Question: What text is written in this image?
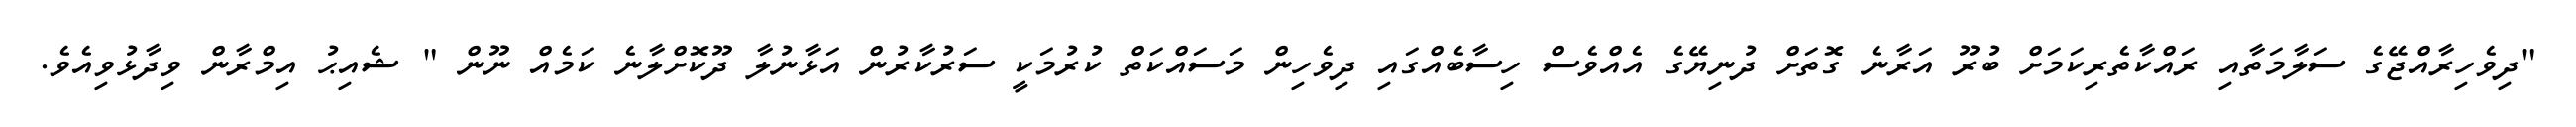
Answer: "ދިވެހިރާއްޖޭގެ ސަލާމަތާއި ރައްކާތެރިކަމަށް ބުރޫ އަރާނެ ގޮތަށް ދުނިޔޭގެ އެއްވެސް ހިސާބެއްގައި ދިވެހިން މަސައްކަތް ކުރުމަކީ ސަރުކާރުން އަޅާނުލާ ދޫކޮށްލާނެ ކަމެއް ނޫން " ޝެއިޙު އިމްރާން ވިދާޅުވިއެވެ.